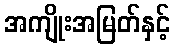
အကျိုးအမြတ်နှင့်